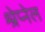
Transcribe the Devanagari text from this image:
श्रेप्नेल